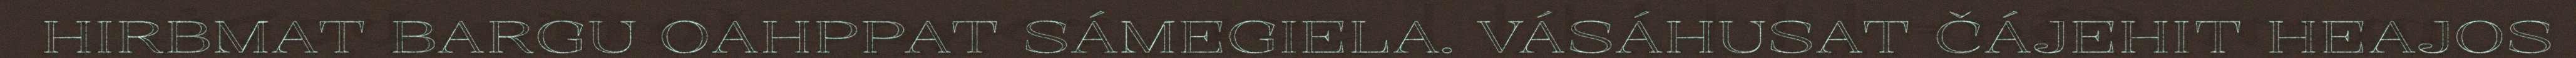
HIRBMAT BARGU OAHPPAT SÁMEGIELA. VÁSÁHUSAT ČÁJEHIT HEAJOS